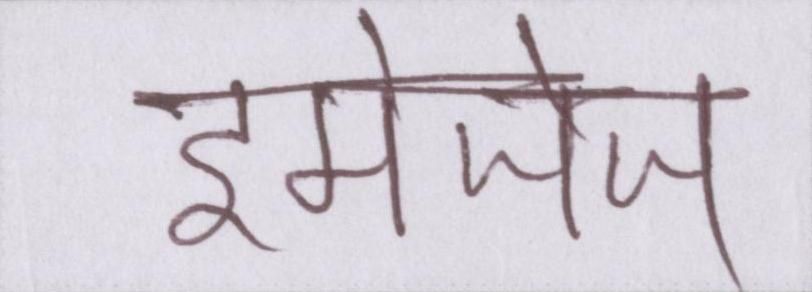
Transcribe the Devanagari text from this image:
इमेजेज